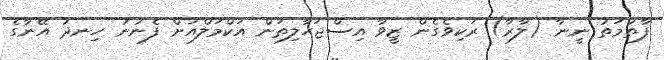
ފާތުމަތު ނީނާ (ލާރާ) ރަކިވެގެން ޒީވާ އިސްޖަހާލިތަން އަކްމަލްއަށް ފެނުނު ހިނދު އޭނާގެ